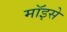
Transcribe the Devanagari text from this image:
मॉइसे